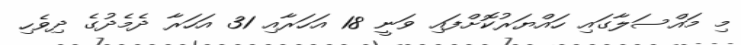
މި މައްސަލާގައި ހައްޔަރުކޮށްފައި ވަނީ 18 އަހަރާއި 31 އަހަރާ ދެމެދުގެ ދިވެހި